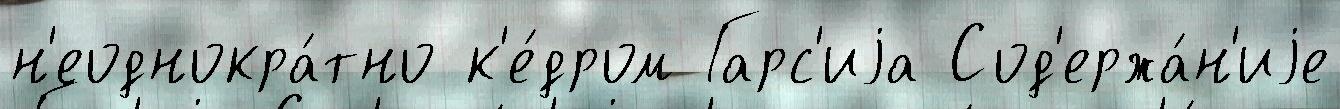
н'еоднокра́тно к'е́дром Гарс'иjа Сод'ержа́н'иjе